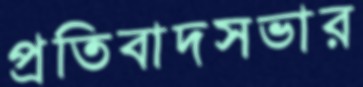
প্রতিবাদসভার